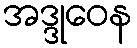
အဒ္ဒုဝေန